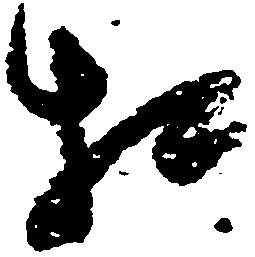
相